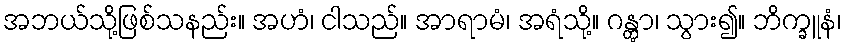
အဘယ်သို့ဖြစ်သနည်း။ အဟံ၊ ငါသည်။ အာရာမံ၊ အရံသို့။ ဂန္တွာ၊ သွား၍။ ဘိက္ခူနံ၊